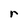
Character: r